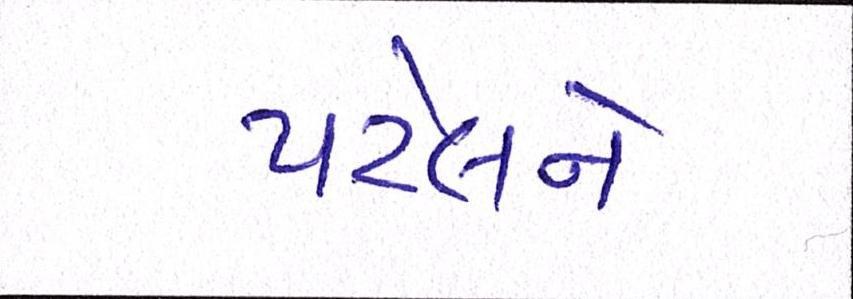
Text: પટેલને